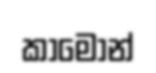
කාමෝන්